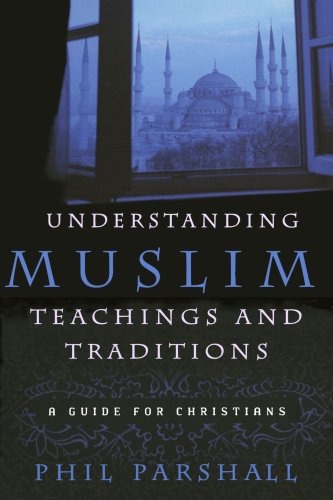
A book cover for Understanding Muslim Teachings and Traditions: A Guide for Christians; Phil Parshall; Religion & Spirituality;